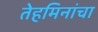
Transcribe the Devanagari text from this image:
तेहमिनांचा